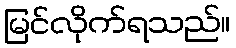
မြင်လိုက်ရသည်။